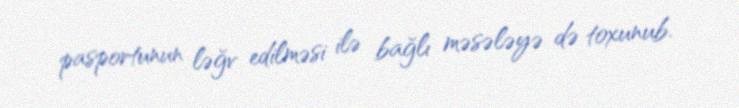
pasportunun ləğv edilməsi ilə bağlı məsələyə də toxunub.